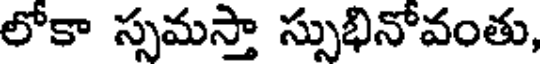
లోకా స్సమస్తా స్సుభినోవంతు,